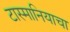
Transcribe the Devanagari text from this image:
टास्मानियाचा